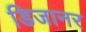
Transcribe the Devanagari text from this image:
डिजानर